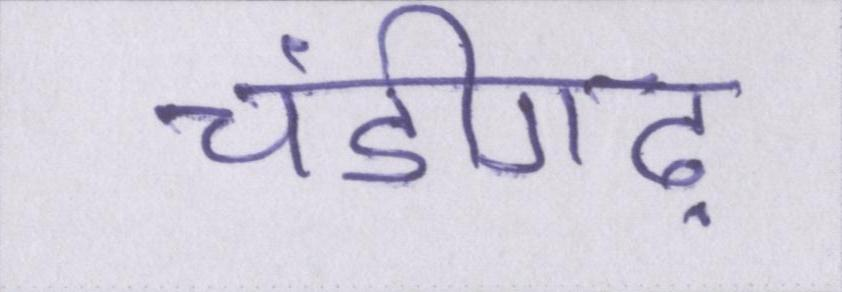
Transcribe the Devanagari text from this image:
चंडीगढ़